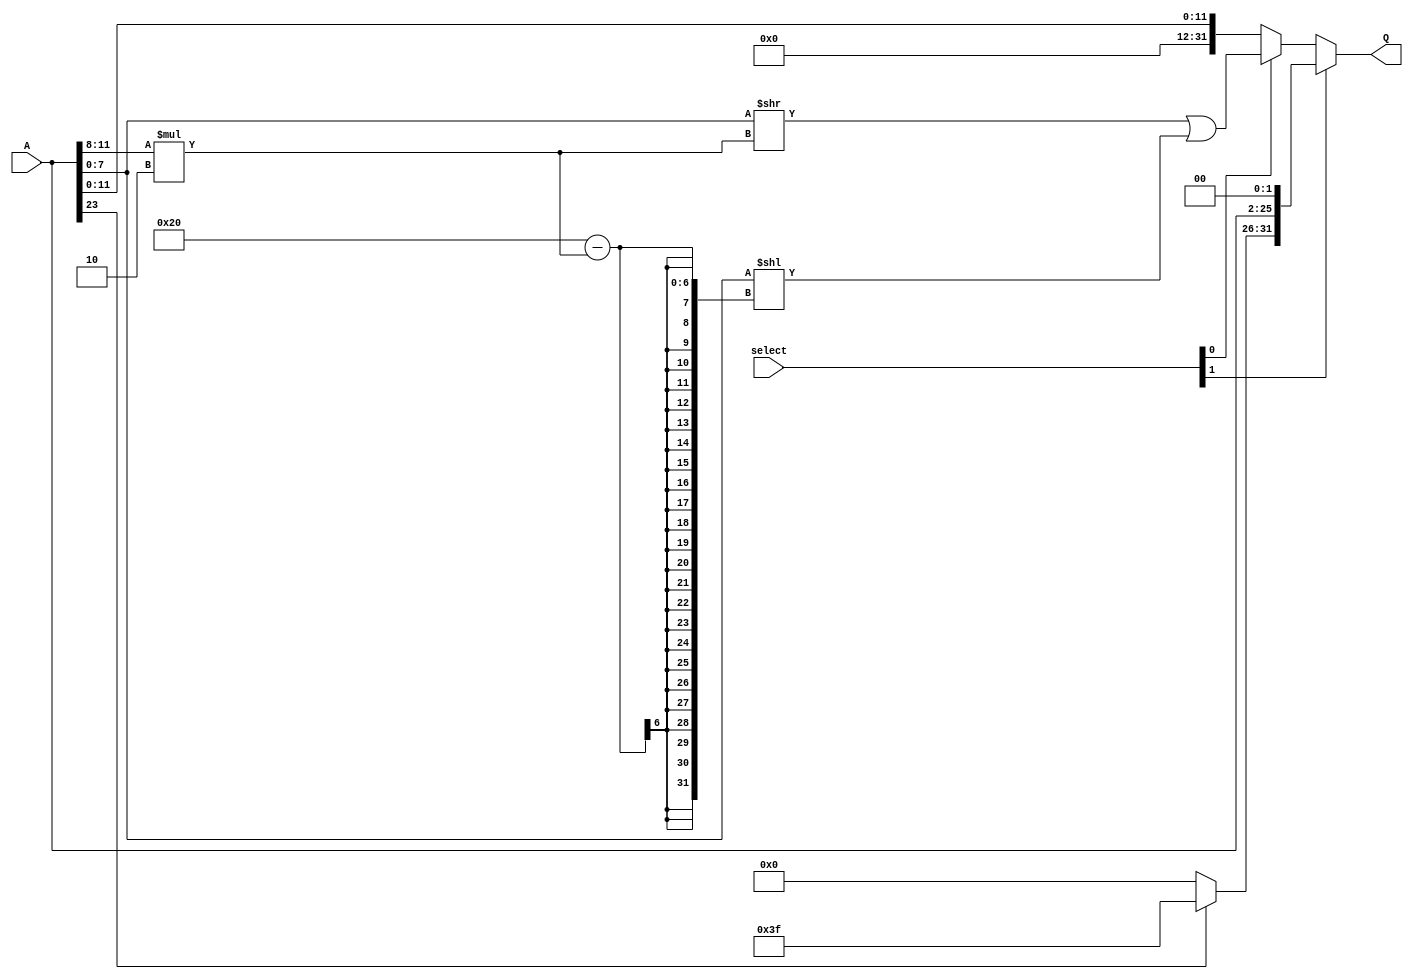
module Extender(
input [23:0] A,
input [1:0] select,
output [31:0] Q

);

    assign Q = select[1] 
                    ? {(A[23] ? 6'b111111 : 6'b0), A[23:0], 2'b00} 
                    : (select[0] 
                                    ? (A[7:0] >> (A[11:8] * 2)) | (A[7:0] << (32 - (A[11:8] * 2)))
                                    : {20'b0, A[11:0]});

endmodule